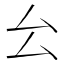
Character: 㕕